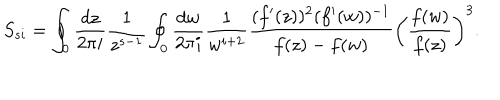
S _ { s i } = \oint _ { 0 } { \frac { d z } { 2 \pi i } } { \frac { 1 } { z ^ { s - 1 } } } \oint _ { 0 } { \frac { d w } { 2 \pi i } } { \frac { 1 } { w ^ { i + 2 } } } { \frac { ( f ^ { \prime } ( z ) ) ^ { 2 } ( f ^ { \prime } ( w ) ) ^ { - 1 } } { f ( z ) - f ( w ) } } \biggl ( { \frac { f ( w ) } { f ( z ) } } \biggr ) ^ { 3 } .